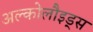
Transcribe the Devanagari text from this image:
अल्कोलौइड्स